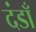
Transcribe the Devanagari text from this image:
दंडाँ